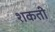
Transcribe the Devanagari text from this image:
शकती